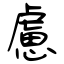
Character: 慮